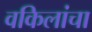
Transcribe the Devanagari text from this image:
वकिलांचा